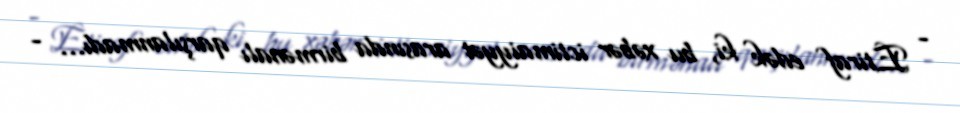
- Etiraf edək ki, bu xəbər ictimaiyyət arasında birmənalı qarşılanmadı... -